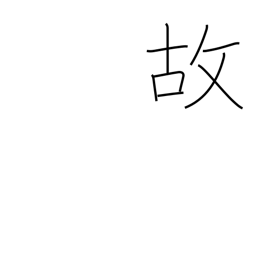
Meaning: happenstance